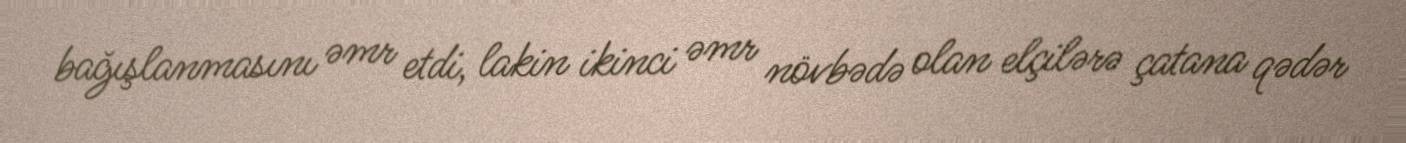
bağışlanmasını əmr etdi, lakin ikinci əmr növbədə olan elçilərə çatana qədər